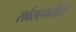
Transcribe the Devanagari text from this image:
सर्वसहमतीची